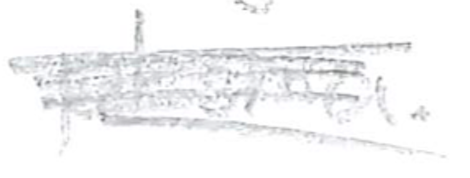
Text: plasma.
Cross-out: scratch
Writing tool: pencil